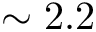
\sim 2 . 2